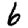
Digit: 6